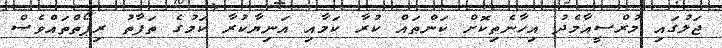
ޖަލުގައި މުރްސީއާމެދު އިހާނެތިކޮށް ކަންތައް ކުރާ ކަމާއި އަނިޔާކުރާ ކަމުގެ ތަފާތު ރިޕޯތްތައްވެސް